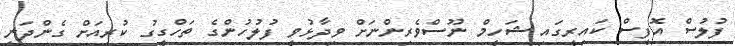
ފުލުސް އޮފީސް ކައިރީގައި ޝަހީމް ނޫސްވެރިންނަށް ވިދާޅުވީ ފުލުހުންގެ ތަހްގީގު ކުރިއަށް ގެންދަނީ